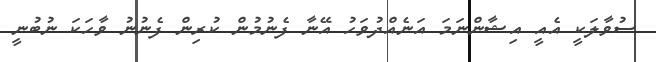
ސުވާލަކީ އެއީ އިޝާންނަމަ އަނެއްދުވަހު އޭނާ ފެނުމުން ކުރިން ފެނުނު ވާހަކަ ނުބުނީ